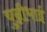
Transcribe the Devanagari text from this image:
चुन्नीभाई